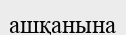
ашқанына